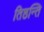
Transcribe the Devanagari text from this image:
तिष्ठन्ति